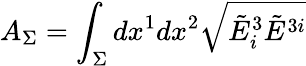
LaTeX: A_{\Sigma}=\int_{\Sigma}dx^{1}dx^{2}{\sqrt{{\tilde{E}}_{i}^{3}{\tilde{E}}^{3i}}}